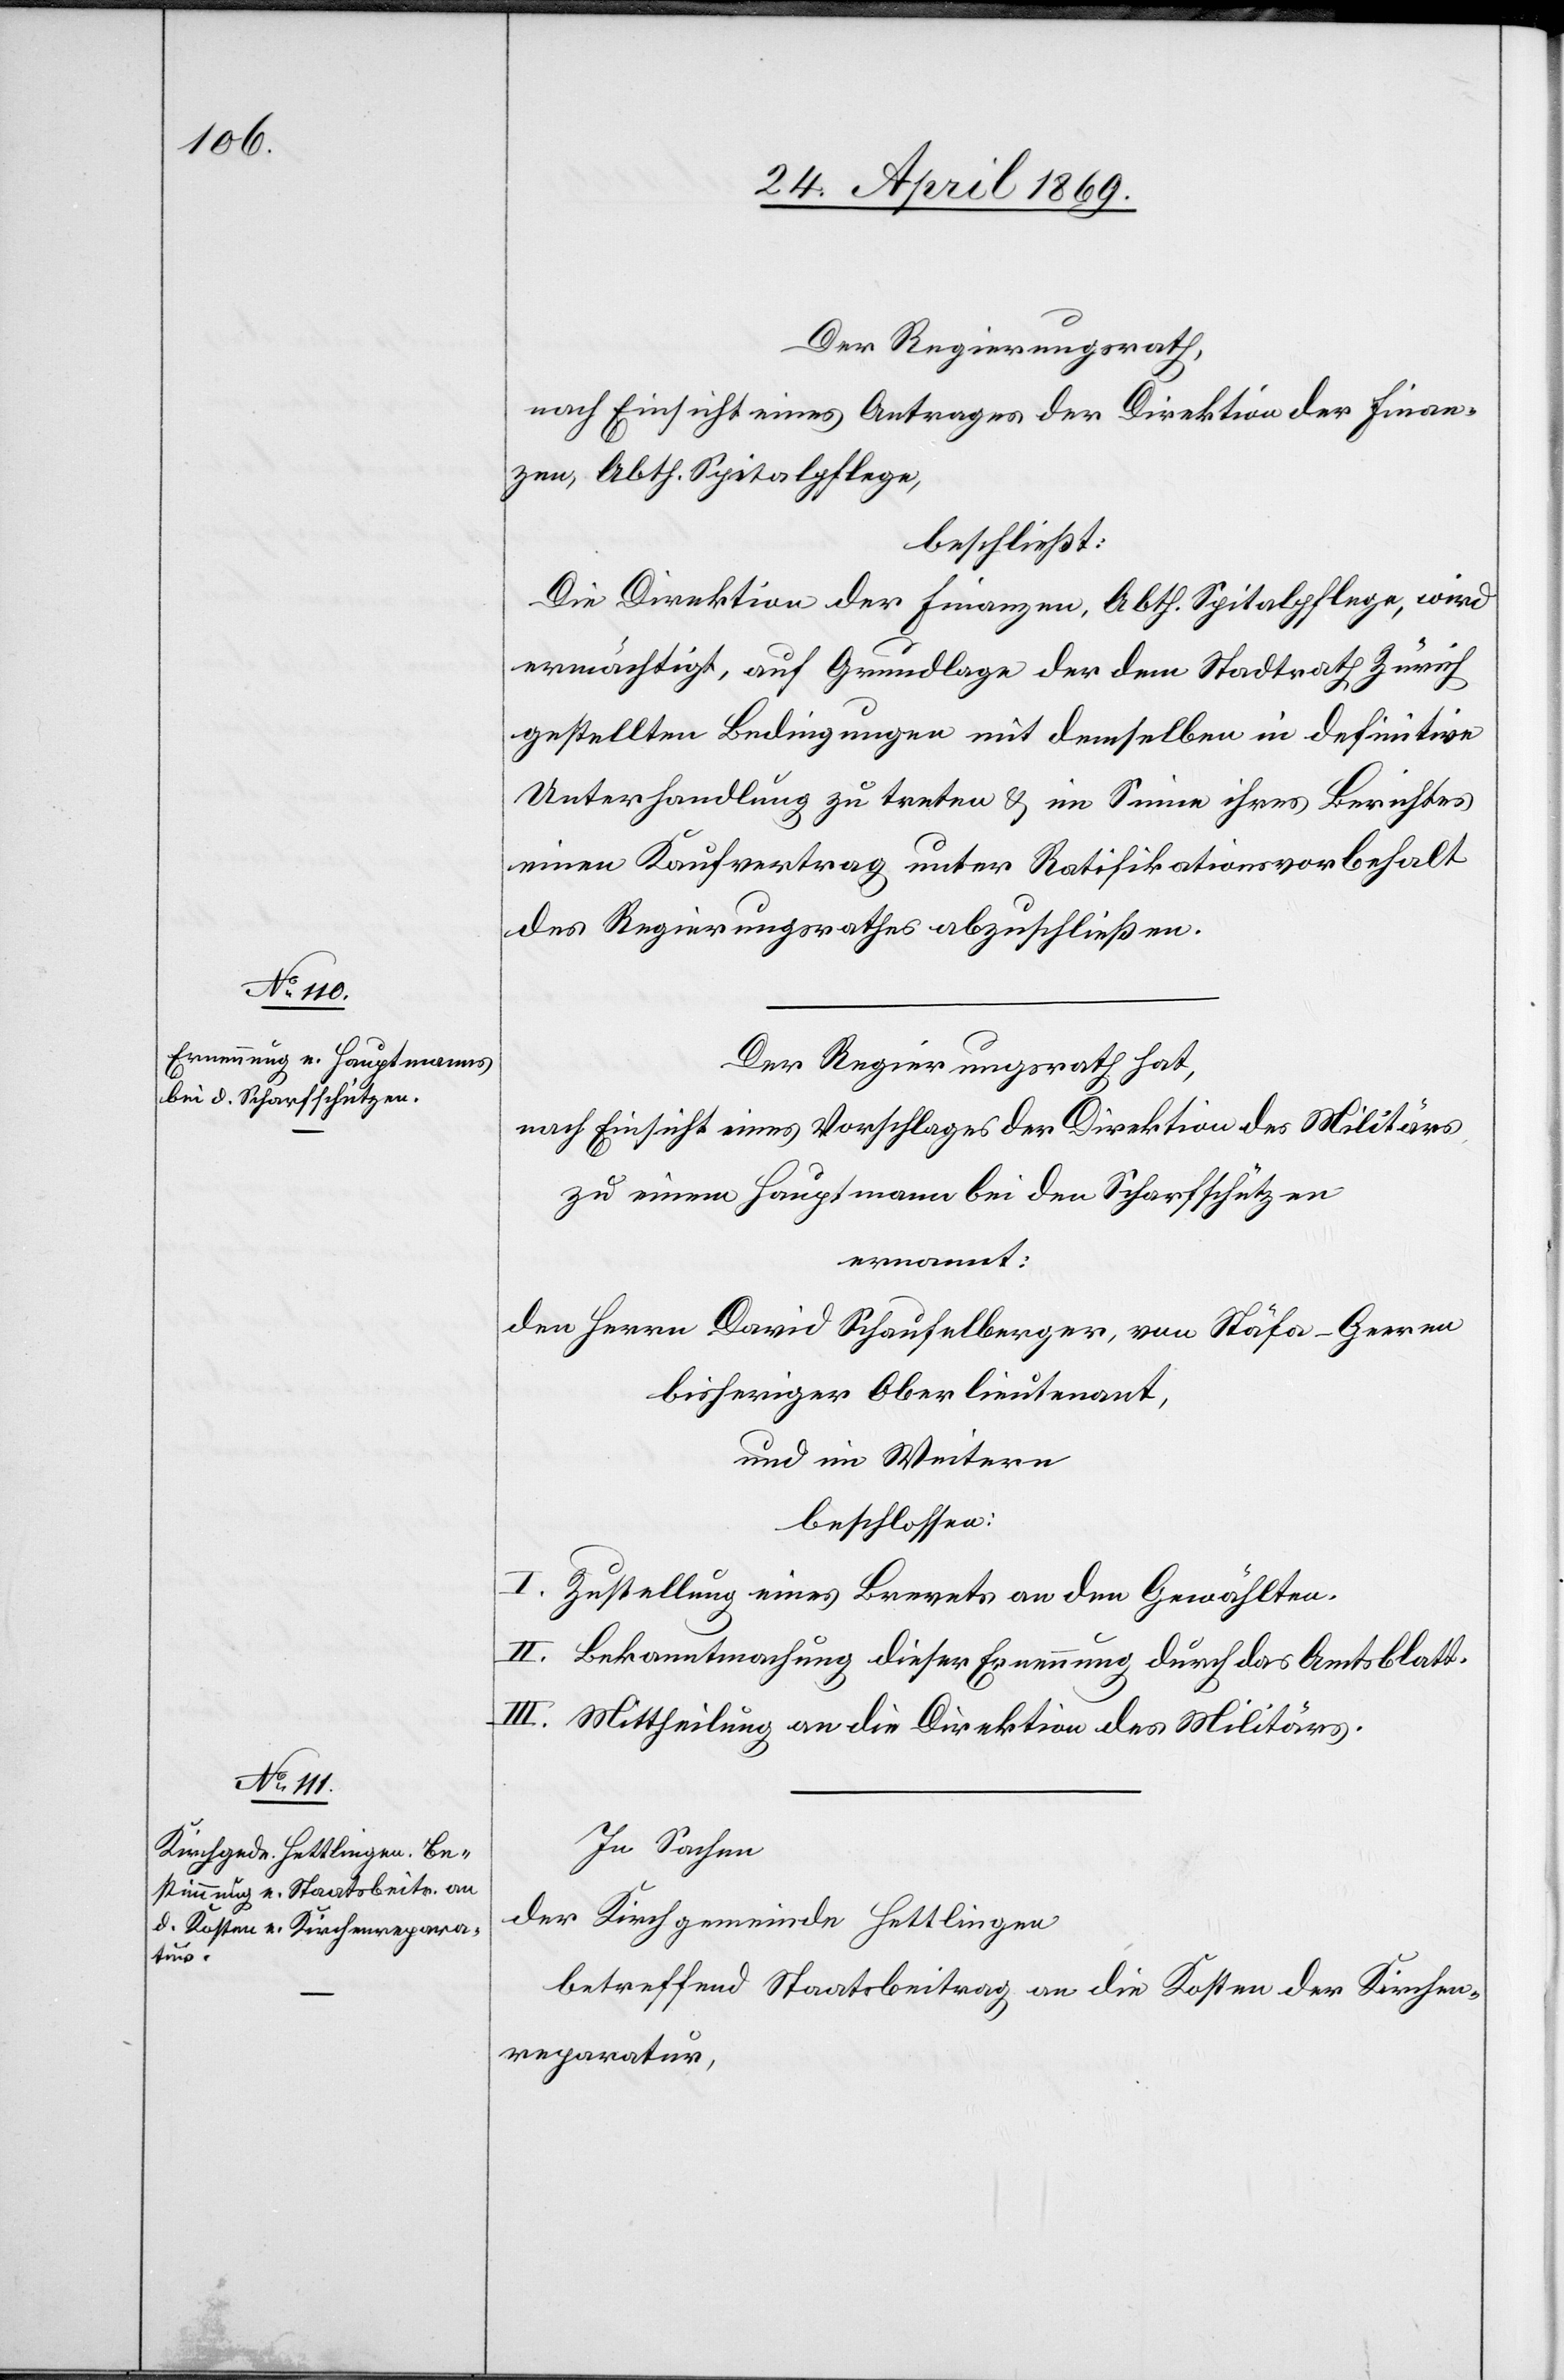
Der Regierungsrath,
nach Einsicht eines Antrages der Direktion der Finan¬
zen, Abth. Spitalpflege,
beschließt:
Die Direktion der Finanzen, Abth. Spitalpflege, wird
ermächtigt, auf Grundlage der dem Stadtrath Zürich
gestellten Bedingungen mit demselben in definitive
Unterhandlung zu treten u. im Sinne ihres Berichtes
einen Kaufvertrag unter Ratifikationsvorbehalt
des Regierungsrathes abzuschließen.
Der Regierungsrath hat,
nach Einsicht eines Vorschlages der Direktion des Militärs,
zu einem Hauptmann bei den Scharfschützen
ernannt:
den Herrn David Schaufelberger, von Stäfa - Geeren
bisheriger Oberlieutnant,
und im Weitern
beschlossen:
I. Zustellung eines Brevets an den Gewählten.
II. Bekanntmachung dieser Ernennung durch das Amtsblatt.
III. Mittheilung an die Direktion des Militärs.
In Sachen
der Kirchgemeinde Hettlingen
betreffend Staatsbeitrag an die Kosten der Kirchen¬
reparatur,